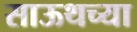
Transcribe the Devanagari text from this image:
साऊथच्या